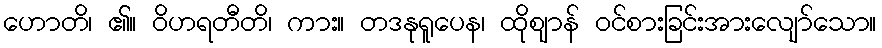
ဟောတိ၊ ၏။ ဝိဟရတီတိ၊ ကား။ တဒနုရူပေန၊ ထိုဈာန် ဝင်စားခြင်းအားလျော်သော။